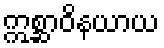
ဣစ္ဆာဝိနယာယ